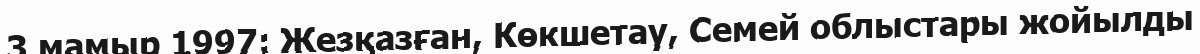
3 мамыр 1997: Жезқазған, Көкшетау, Семей облыстары жойылды